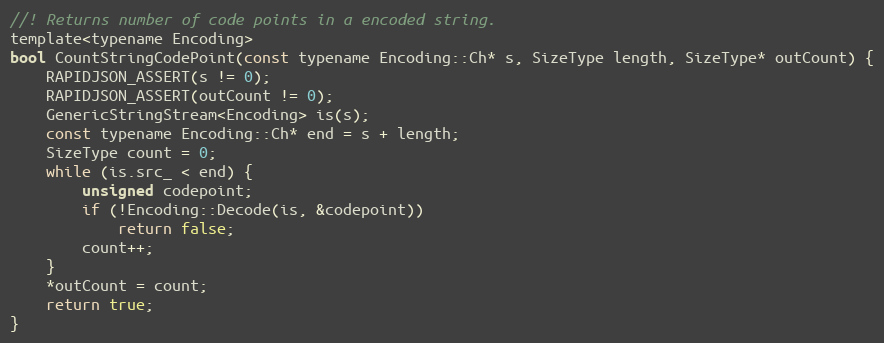
Language: C
//! Returns number of code points in a encoded string.
template<typename Encoding>
bool CountStringCodePoint(const typename Encoding::Ch* s, SizeType length, SizeType* outCount) {
    RAPIDJSON_ASSERT(s != 0);
    RAPIDJSON_ASSERT(outCount != 0);
    GenericStringStream<Encoding> is(s);
    const typename Encoding::Ch* end = s + length;
    SizeType count = 0;
    while (is.src_ < end) {
        unsigned codepoint;
        if (!Encoding::Decode(is, &codepoint))
            return false;
        count++;
    }
    *outCount = count;
    return true;
}